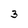
Character: 3